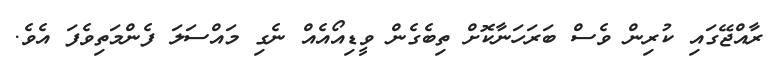
ރާއްޖޭގައި ކުރިން ވެސް ބަރަހަނާކޮށް ތިބެގެން ވީޑިއޯއެއް ނެގި މައްސަލަ ފެންމަތިވެފަ އެވެ.